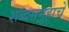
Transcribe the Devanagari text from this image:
शब्दसमूहाचे